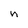
Character: n